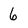
Character: 6